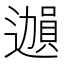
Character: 𫑊